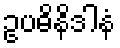
ဥပဓိနိဒါနံ